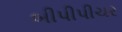
બીપીપીચર